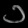
Digit: ၁